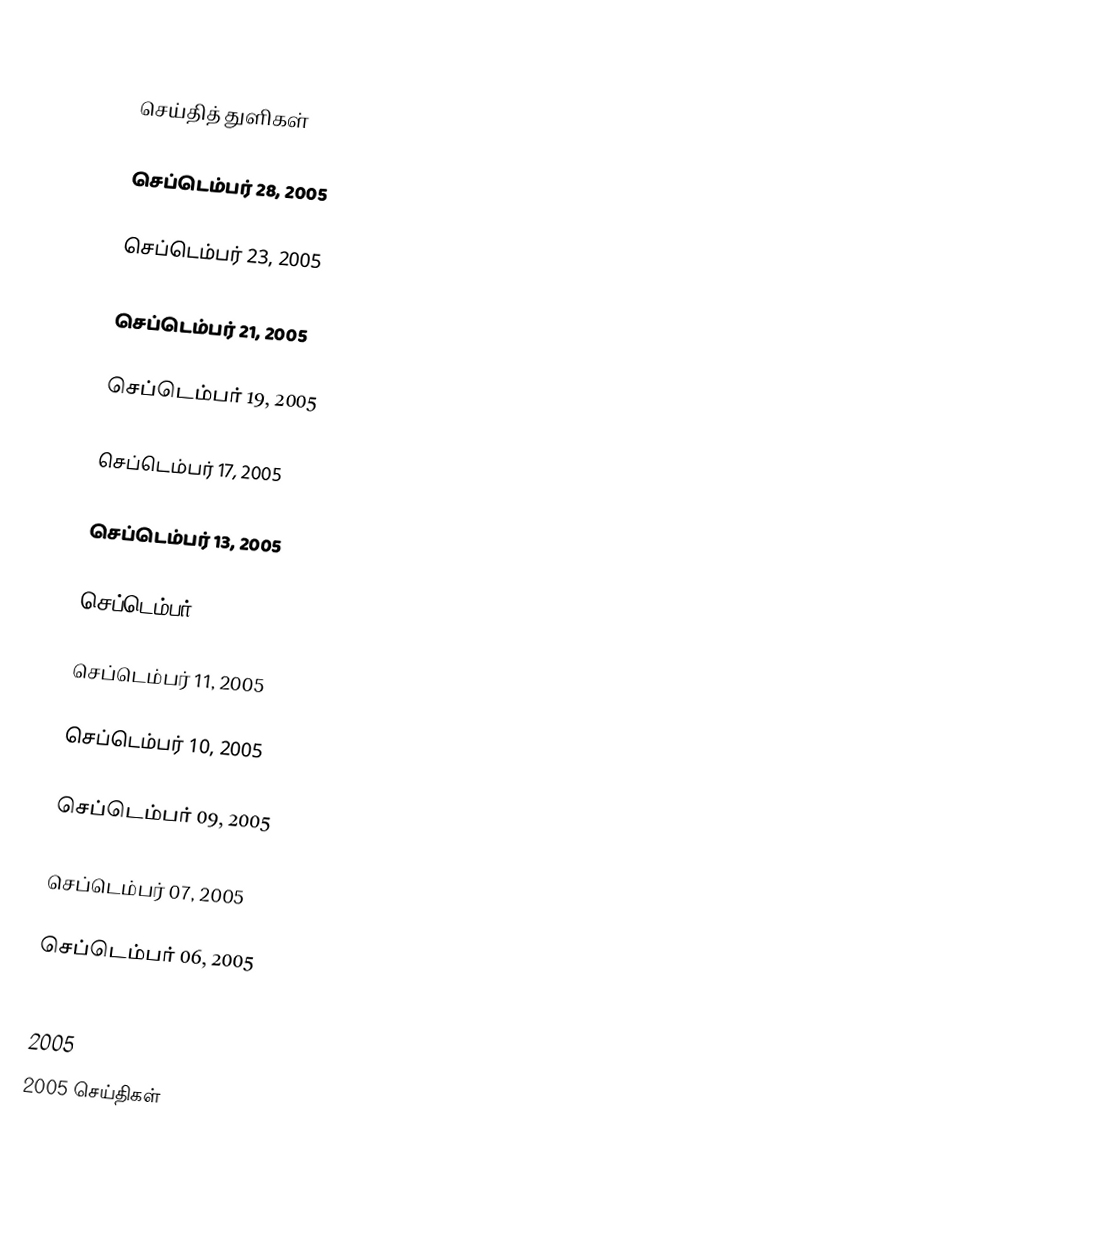

செய்தித் துளிகள்

செப்டெம்பர் 28, 2005

செப்டெம்பர் 23, 2005

செப்டெம்பர் 21, 2005

செப்டெம்பர் 19, 2005

செப்டெம்பர் 17, 2005

செப்டெம்பர் 13, 2005

செப்டெம்பர் 12, 2005

செப்டெம்பர் 11, 2005

செப்டெம்பர் 10, 2005

செப்டெம்பர் 09, 2005

செப்டெம்பர் 07, 2005

செப்டெம்பர் 06, 2005

2005
2005 செய்திகள்